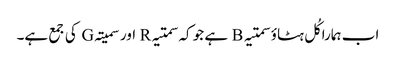
اب ہمارا کُل ہٹاؤ سمتیہ B ہے جو کہ سمتیہ R اور سمیتہ G کی جمع ہے۔